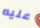
عليه